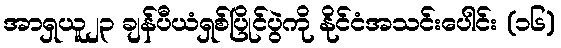
အာရှယူ၂၃ ချန်ပီယံရှစ်ပြိုင်ပွဲကို နိုင်ငံအသင်းပေါင်း (၁၆)